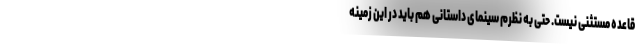
قاعده مستثنی نیست. حتی به نظرم سینمای داستانی هم باید در این زمینه